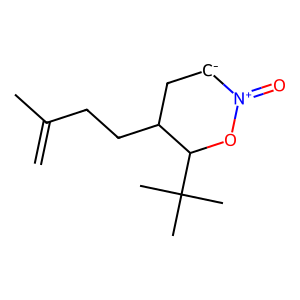
SMILES: C=C(C)CCC1C[CH-][N+](=O)OC1C(C)(C)C
Inhibits HIV replication: No